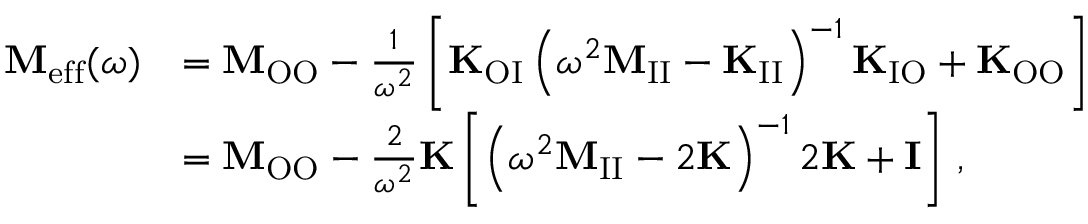
\begin{array} { r l } { \mathbf { M } _ { \mathrm { e f f } } ( \omega ) } & { = \mathbf { M } _ { \mathrm { O O } } - \frac { 1 } { \omega ^ { 2 } } \left[ \mathbf { K } _ { \mathrm { O I } } \left( \omega ^ { 2 } \mathbf { M } _ { \mathrm { I I } } - \mathbf { K } _ { \mathrm { I I } } \right) ^ { - 1 } \mathbf { K } _ { \mathrm { I O } } + \mathbf { K } _ { \mathrm { O O } } \right] } \\ & { = \mathbf { M } _ { \mathrm { O O } } - \frac { 2 } { \omega ^ { 2 } } \mathbf { K } \left[ \left( \omega ^ { 2 } \mathbf { M } _ { \mathrm { I I } } - 2 \mathbf { K } \right) ^ { - 1 } 2 \mathbf { K } + \mathbf { I } \right] \, , } \end{array}